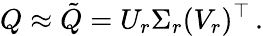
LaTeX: Q\approx\tilde{Q}=U_{r}\Sigma_{r}(V_{r})^{\top}\, .